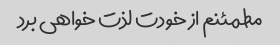
مطمئنم از خودت لذت خواهی برد